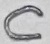
Text: C